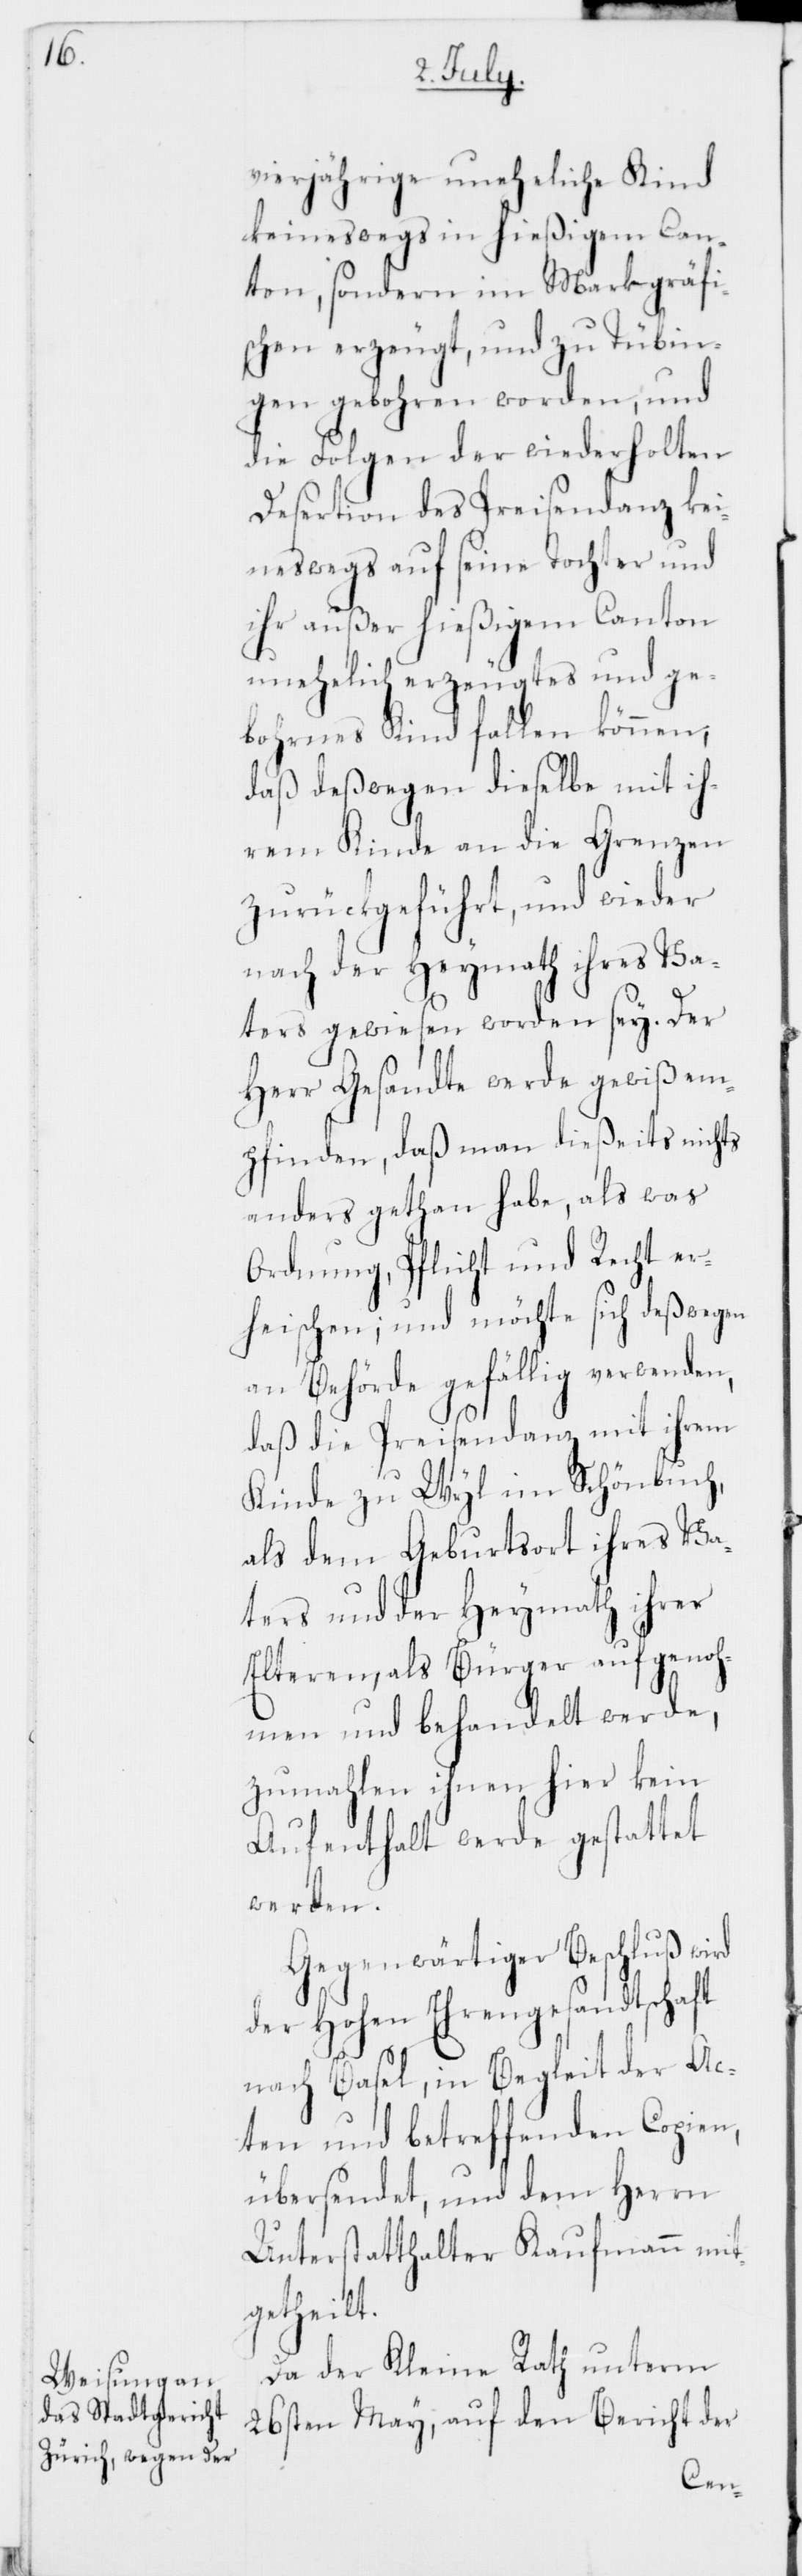
vierjährige uneheliche Kind
keineswegs in hießigem Can¬
ton, sondern im Markgräfi¬
schen erzeugt, und zu Tübin¬
gen gebohren worden, und
die Folgen der wiederholten
Desertion des Preisendanz kei¬
neswegs auf seine Tochter und
ihr außer hießigem Canton
unehelich erzeugtes und ge¬
bohrnes Kind fallen können,
daß deßwegen dieselbe mit ih¬
rem Kinde an die Grenzen
zurückgeführt, und wieder
nach der Heymath ihres Va¬
ters gewiesen worden sey. Der
Herr Gesandte werde gewiß em¬
pfinden, daß man dießeits nichts
anders gethan habe, als was
Ordnung, Pflicht und Recht er¬
heischen; und möchte sich deßwegen
an Behörde gefällig verwenden,
daß die Preisendanz mit ihrem
Kinde zu Wyl im Schönbuch,
als dem Geburtsort ihres Va¬
ters und der Heymath ihrer
Elteren, als Bürger aufgenoh¬
men und behandelt werde,
zumahlen ihnen hier kein
Aufenthalt werde gestattet
werden.
Gegenwärtiger Beschluß wird
der Hohen Ehrengesandtschaft
nach Basel, in Begleit der Ac¬
ten und betreffenden Copien,
übersendet, und dem Herrn
Unterstatthalter Kaufmann mit¬
getheilt.
Da der Kleine Rath unterm
26sten May, auf den Bericht der